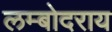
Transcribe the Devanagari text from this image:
लम्बोदराय